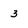
Character: 3